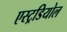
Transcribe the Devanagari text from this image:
एस्ट्रडियोल